Annual report of the Punjab Veterinary College and of the Civil Veterinary Department, Punjab - 1920-1925
Year: 1920
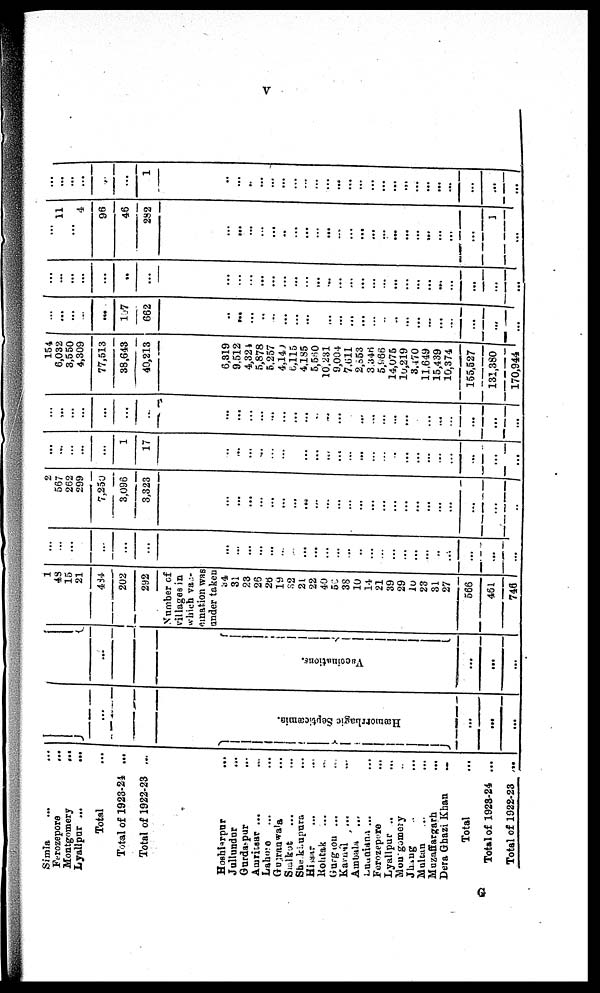
V
Simla ... ...
Ferozepore ...
Montgomery ...
Lyallpur ...
...
Total ...
Total of 1923-24 ...
Total of 1922-23 ...
Hoshiarpur
...
Jullundur
...
Gurdaspur ...
Amritsar ... ...
Lahore ... ...
Gujranwala ...
Siakot
... ...
Sheikhupura ...
Hissar ... ...
Rohtak
... ...
Gurgaon
... ...
Karnal ... ...
Ambala ...
Ludhiana
... ...
Ferozepore ...
Lyallpur .. ...
Montgomery ..
Jhang .. ...
Multan ... ...
Muzaffargarh ...
Dera Ghazi Khan
...
Total ...
Total of 1923-24 ...
Total of 1922-23
...
...
Hæmo r
r
h a g ic Se pt i
c æmi a .
...
...
...
...
Va c c i
na t
i
ons .
...
...
...
1
48
15
21
434
202
292
Number of
villages in
which vac-
cination was
under taken
34
31
23
25
26
19
32
21
22
40
50
38
10
14
21
39
29
10
23
31
27
566
461
746
...
...
...
...
...
...
...
...
...
...
...
...
...
... ...
...
...
...
...
...
...
...
...
...
...
...
...
...
...
2
567
262
299
7,250
3,096
3,323
...
...
...
...
...
...
...
...
... ...
...
...
...
...
...
...
...
...
...
...
...
...
...
...
...
...
...
...
...
1
17
...
...
...
...
...
...
...
...
... ...
...
...
...
...
...
...
...
...
...
...
...
...
...
...
...
...
...
...
...
...
...
...
...
...
...
...
...
...
...
... ...
...
...
...
...
...
...
...
...
...
...
...
...
...
...
154
6,032
3,550
4,309
77,513
38,643
40,213
6,819
9,512
4,324
5,878
5,257
4,140
6,115
4,185
5,560
10,231
9,004
7,611
2,653
3,346
5,966
14,075
10,219
3,470
11,649
15,439
10,374
155,527
131,380
170,944
...
...
...
...
...
167
662
...
...
...
...
...
...
...
...
...
...
...
...
...
...
...
...
...
...
...
...
...
...
...
...
...
...
...
...
...
..
...
...
...
...
...
...
...
...
...
...
...
...
...
...
...
...
...
...
...
...
...
...
...
...
...
...
11
4
4
96
46
282
...
...
...
...
...
...
...
...
...
...
...
...
...
...
...
...
...
...
...
...
...
...
1
...
...
...
...
...
...
...
1
...
...
...
...
...
...
...
...
... ...
...
...
...
...
...
...
...
...
...
...
...
...
...
...
G